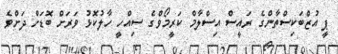
ޕީ އުޒްބަކިސްތާންގެ ރައީސް އިސްލާމް ކަރީމޯވްގެ ސިއްހީ ހާލުކޮޅު ވަރަށް ބޮޑަށް ދަށްވެ